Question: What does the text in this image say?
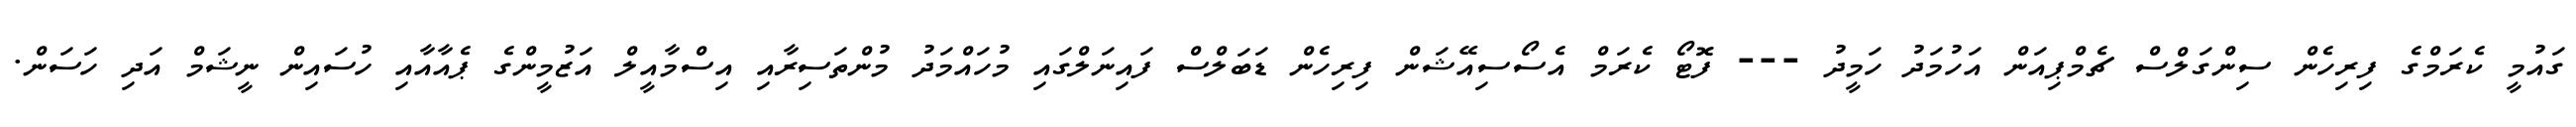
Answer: ގައުމީ ކެރަމްގެ ފިރިހެން ސިންގަލްސް ޗެމްޕިއަން އަހުމަދު ހަމީދު --- ފޮޓޯ ކެރަމް އެސޯސިއޭޝަން ފިރިހެން ޑަބަލްސް ފައިނަލްގައި މުހައްމަދު މުންތަސިރާއި އިސްމާއީލް އަޒުމީންގެ ޕެއާއާއި ހުސައިން ނީޝަމް އަދި ހަސަން.